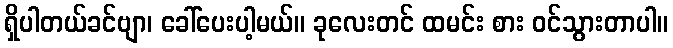
ရှိပါတယ်ခင်ဗျာ၊ ခေါ်ပေးပါ့မယ်။ ခုလေးတင် ထမင်း စား ဝင်သွားတာပါ။